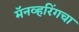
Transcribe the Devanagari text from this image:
मॅनव्हरिंगचा